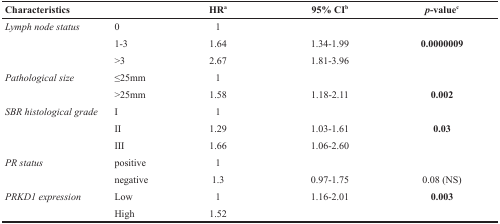
<table><thead><tr><td colspan="2"><b>Characteristics</b></td><td><b>HR<sup>a</sup></b></td><td><b>95% CI<sup>b</sup></b></td><td><b><i>p</i>-value<sup>c</sup></b></td></tr></thead><tbody><tr><td rowspan="3"><i>Lymph node status</i></td><td>0</td><td>1</td><td></td><td></td></tr><tr><td>1-3</td><td>1.64</td><td>1.34-1.99</td><td><b>0.0000009</b></td></tr><tr><td>&gt;3</td><td>2.67</td><td>1.81-3.96</td><td></td></tr><tr><td rowspan="2"><i>Pathological size</i></td><td>≤25mm</td><td>1</td><td></td><td></td></tr><tr><td>&gt;25mm</td><td>1.58</td><td>1.18-2.11</td><td><b>0.002</b></td></tr><tr><td rowspan="3"><i>SBR histological grade</i></td><td>I</td><td>1</td><td></td><td></td></tr><tr><td>II</td><td>1.29</td><td>1.03-1.61</td><td><b>0.03</b></td></tr><tr><td>III</td><td>1.66</td><td>1.06-2.60</td><td></td></tr><tr><td rowspan="2"><i>PR status</i></td><td>positive</td><td>1</td><td></td><td></td></tr><tr><td>negative</td><td>1.3</td><td>0.97-1.75</td><td>0.08 (NS)</td></tr><tr><td rowspan="2"><i>PRKD1 expression</i></td><td>Low</td><td>1</td><td>1.16-2.01</td><td><b>0.003</b></td></tr><tr><td>High</td><td>1.52</td><td></td><td></td></tr></tbody></table>